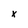
Character: x